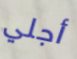
أجلي